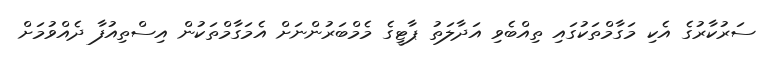
ސަރުކާރުގެ އެކި މަގާމްތަކުގައި ތިއްބެވި އަދާލަތު ޕާޓީގެ މެމްބަރުންނަށް އެމަގާމްތަކުން އިސްތިއުފާ ދެއްވުމަށް